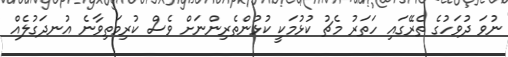
ނުވަ ދުވަހުގެ ތެރޭގައި ހަތަރު މެޗު ކުޅުމަކީ ކުޅުންތެރިންނަށް ވެސް ކުރިމަތިވާނެ އުނދަގުލެއް